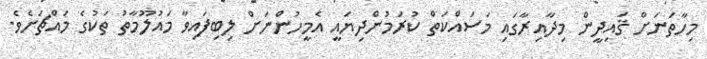
މިހާތަނަށް ޤައިދީން މިދާއިރާގައި މަސައްކަތް ކުރަމުންދިޔައީ އެމީހުންނަށް ލިބިފައިވާ މައުލޫމާތު ތަކުގެ މައްޗަށެވެ.